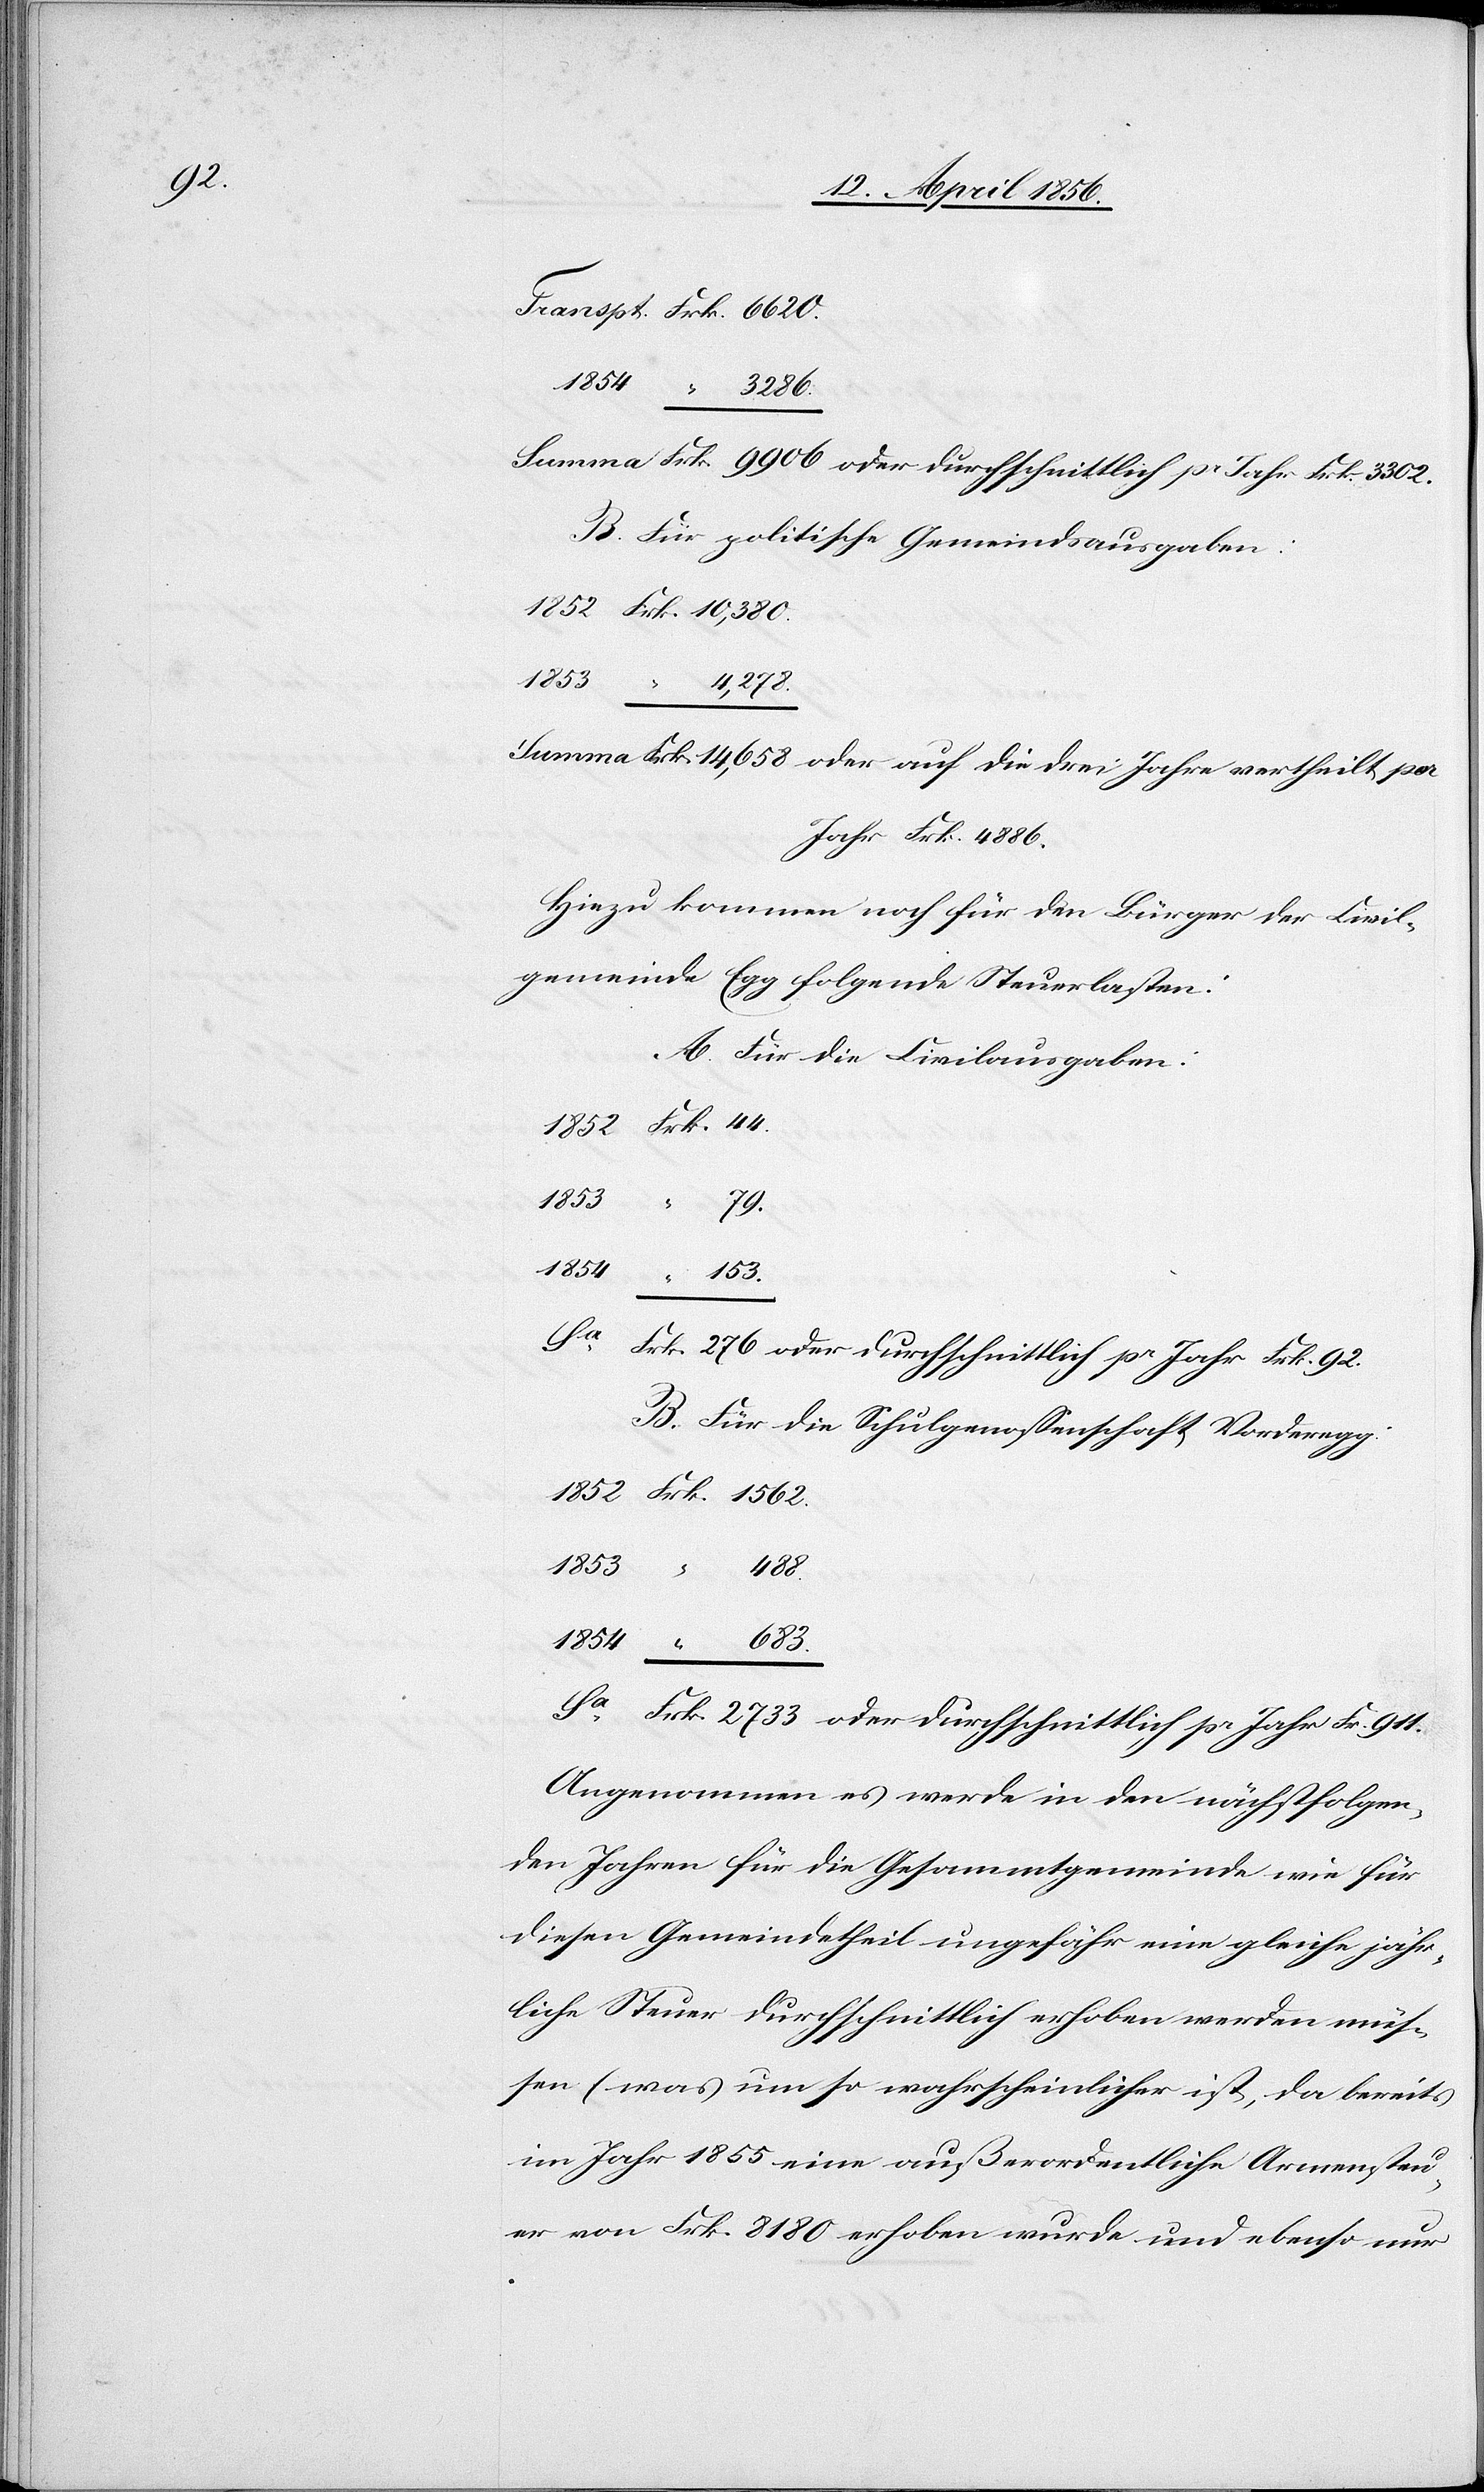
488.

Summa Frk. 9906 oder durchschnittlich pr Jahr Frk. 3302.
B. Für politische Gemeindsausgaben:
1852	Frk.	10,380.
4,278.
Summa Frk. 14,658 oder auf die drei Jahre vertheilt per
Jahr Frk. 4886.
Hiezu kommen noch für den Bürger der Civil¬
gemeinde Egg folgende Steuerlasten:
A. Für die Civilausgaben:
1852	Frk.	44.
1854
683.
Sa		Frk.	 276 oder durchschnittlich pr Jahr Frk. 92.
B. Für die Schulgenossenschaft Vorderegg:
Sa		Frk.	 2733 oder durchschnittlich pr Jahr Fr. 911.
Angenommen es werde in den nächstfolgen¬
den Jahren für die Gesammtgemeinde wie für
diesen Gemeindetheil ungefähr eine gleiche jähr¬
liche Steuer durchschnittlich erhoben werden müs¬
sen (was um so wahrscheinlicher ist, da bereits
im Jahr 1855 eine außerordentliche Armensteu¬
er von Frk. 8180 erhoben wurde und ebenso nur